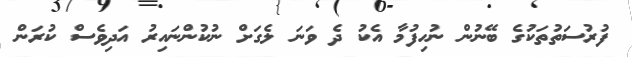
ފުރުސަތުތަކުގެ ބޭނުން ނުހިފުމާ އެކު ދެ ވަނަ ލެގަށް ނުކުންނައިރު އަދިވެސް ކުރަން